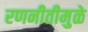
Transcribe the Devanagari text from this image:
रणनीतीमुळे